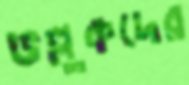
ভল্লুকদের